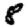
Digit: 8